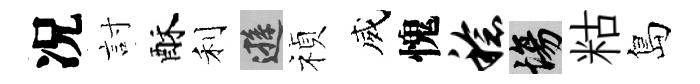
况討酥利遜禎威愧稔場䊀島